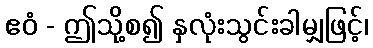
ဧဝံ - ဤသို့စ၍ နှလုံးသွင်းခါမျှဖြင့်၊